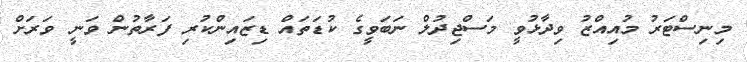
މިނިސްޓަރު މުއިއްޒު ވިދާޅުވީ މަސްޖިދުލް ނަބަވީގެ ކުޑަތައް ޑިޒައިންކުރި ފަރާތުން ވަނީ ވަރަށް